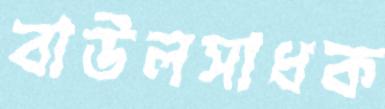
বাউলসাধক